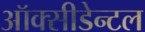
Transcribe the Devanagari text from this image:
ऑक्सीडेन्टल